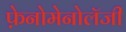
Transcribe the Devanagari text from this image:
फ़ेनोमेनोलॅजी